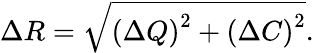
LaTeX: \Delta R=\sqrt{\left(\Delta Q\right)^{2}+\left(\Delta C\right)^{2}}.